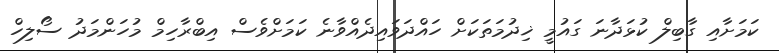
ކަމަށާއި ގާބިލް ކުޅަދާނަ ގައުމީ ޚިދުމަތަކަށް ހައްދަވައިދެއްވާނެ ކަމަށްވެސް އިބްރާހިމް މުހަންމަދު ސޯލިހް